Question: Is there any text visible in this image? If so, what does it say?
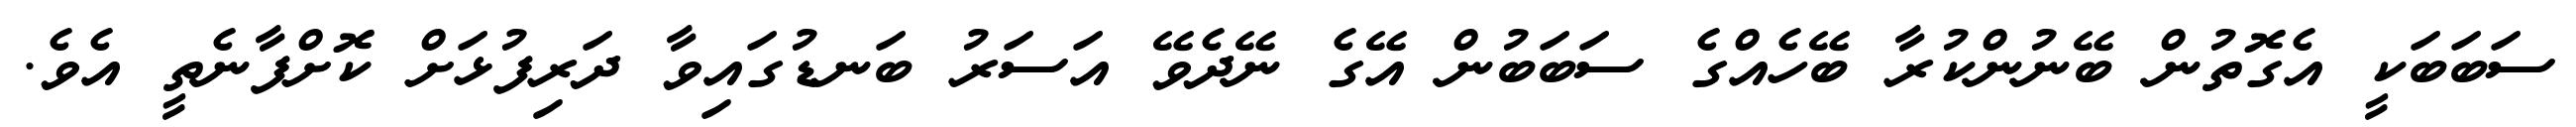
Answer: ސަބަބަކީ އެގޮތުން ބޭނުންކުރާ ބޭހެއްގެ ސަބަބުން އޭގެ ނޭދެވޭ އަސަރު ބަނޑުގައިވާ ދަރިފުޅަށް ކޮށްފާނެތީ އެވެ.